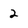
Character: 2